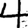
Digit: 4